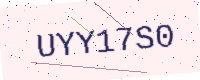
Text: UYY17S0